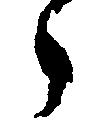
々